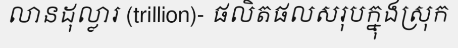
លានដុល្លារ (trillion)- ផលិតផលសរុបក្នុងស្រុក